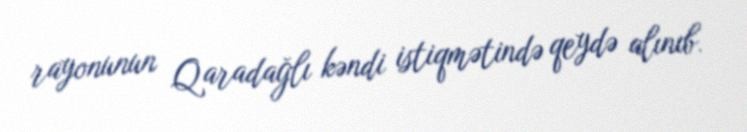
rayonunun Qaradağlı kəndi istiqmətində qeydə alınıb.